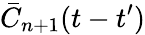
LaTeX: \bar{C}_{n+1}(t-t^{\prime})